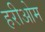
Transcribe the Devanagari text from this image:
हरीओम